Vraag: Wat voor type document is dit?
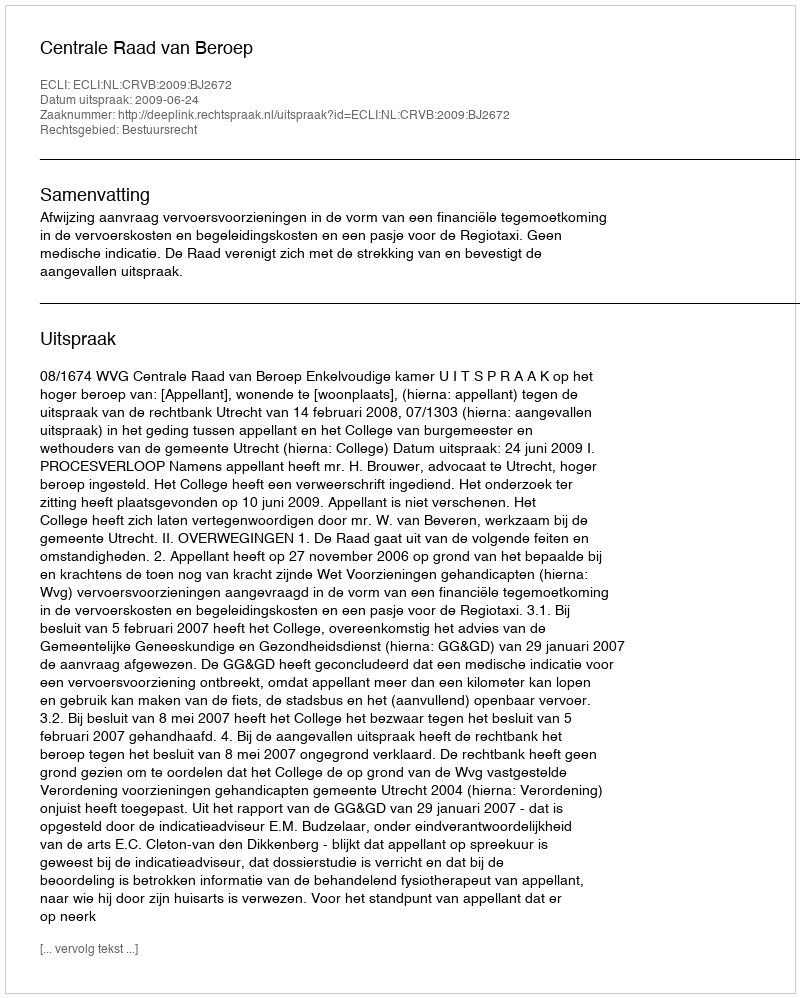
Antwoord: Uitspraak